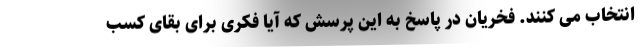
انتخاب می کنند. فخریان در پاسخ به این پرسش که آیا فکری برای بقای کسب